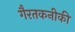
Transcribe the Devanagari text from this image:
गैरतकनीकी